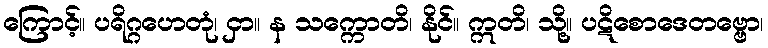
ကြောင့်။ ပရိဂ္ဂဟေတုံ၊ ငှာ။ န သက္ကောတိ၊ နိုင်။ ဣတိ၊ သို့။ ပဋိစောဒေတဗ္ဗော၊